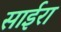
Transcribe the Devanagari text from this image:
साईरा